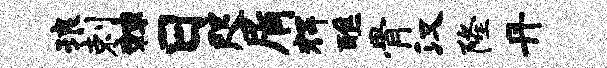
琅剌棘日咫屑辉醮骨汉隆丹